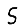
Digit: 5